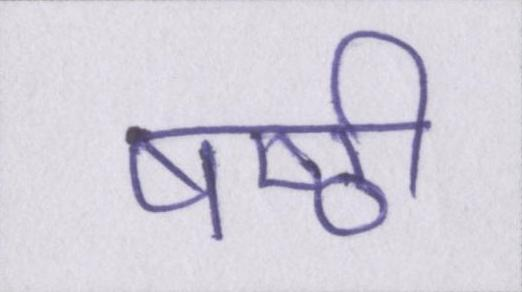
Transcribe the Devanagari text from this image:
षष्ठी